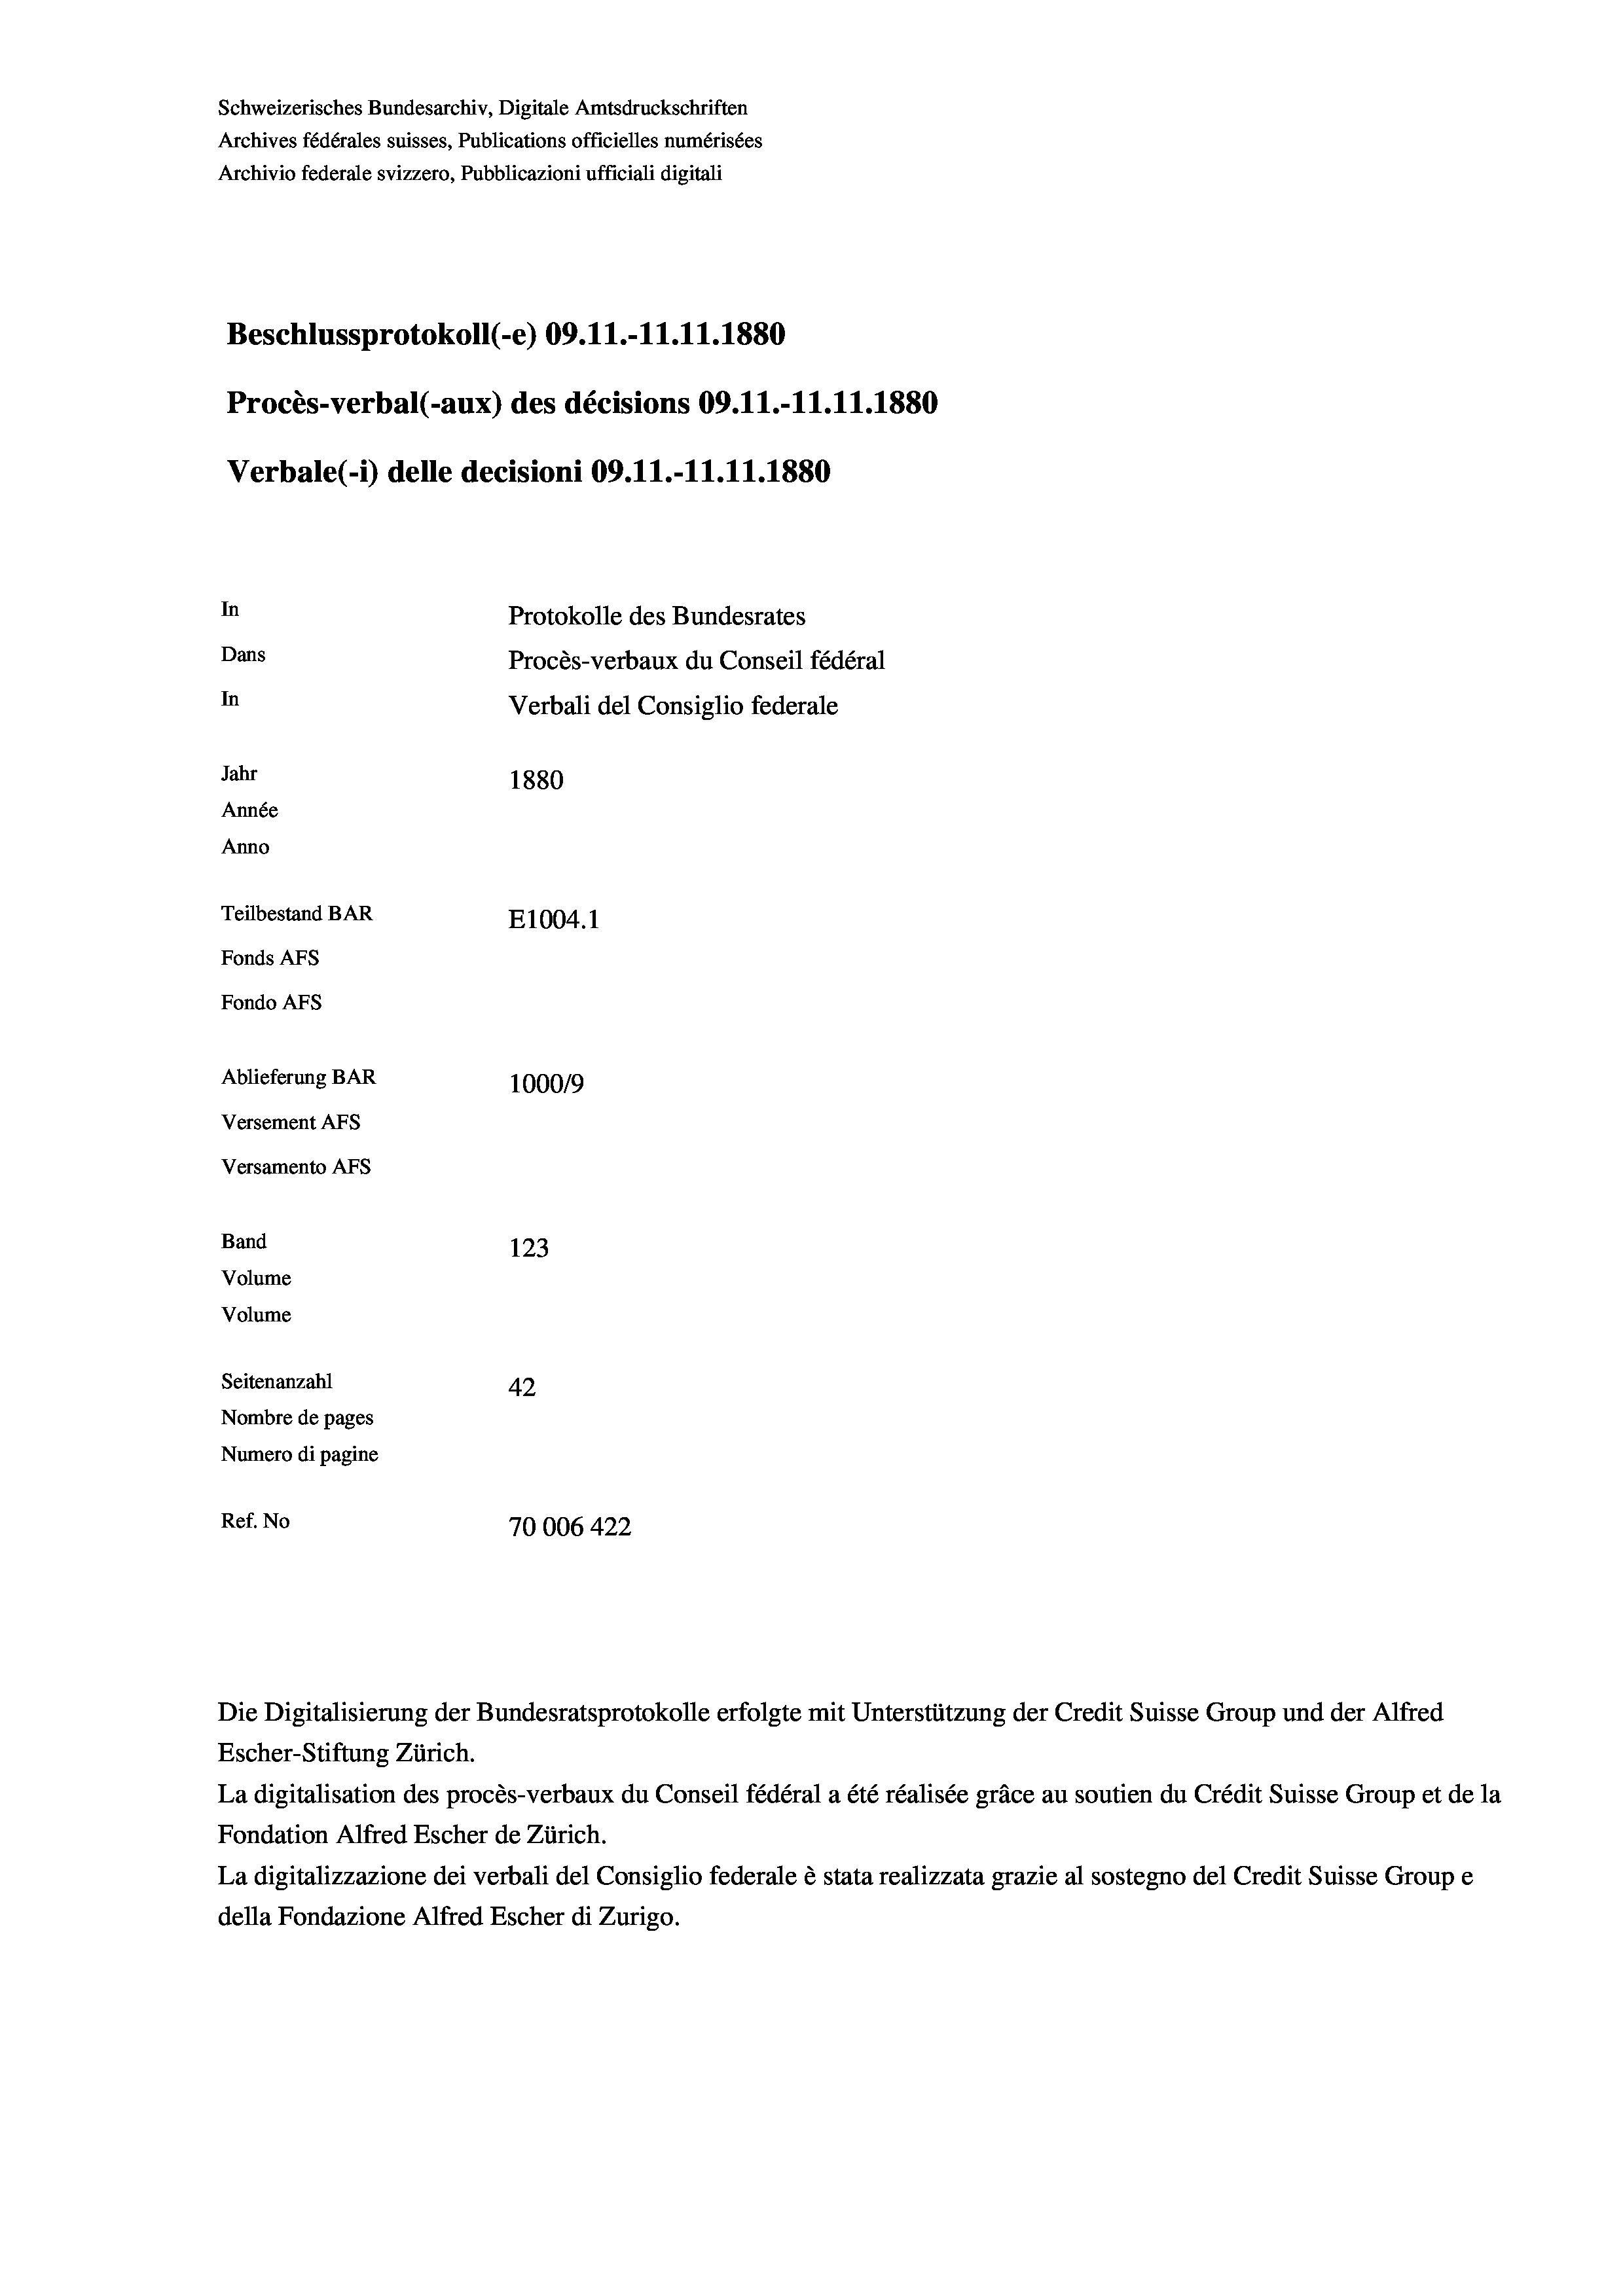
Schweizerisches Bundesarchiv, Digitale Amtsdruckschriften
Archives fédérales suisses, Publications officielles numérisées
Archivio federale svizzero, Pubblicazioni ufficiali digitali
Beschlussprotokoll (-e) 09.11.-11.11.1880
Procès-verbal (-aux) des décisions 09.11.-11.11.1880
Verbale(-*) delle decisioni 09.11.-11.11.1880
In
Protokolle des Bundesrates
Dans
Procès-verbaux du Conseil fédéral
In
Verbali del Consiglio federale
Jahr
1880
Année
Anno
Teilbestand BAR
E1004.1
Fonds AFs
Fondo AFs
Ablieferung BAR
100019
Versement AFs
Versamento Afs
Band
123
Volume
Volume
Seitenanzahl
42
Nombre de pages
Numero di pagine
Ref. No
70006 422

Die Digitalisierung der Bundesratsprotokolle erfolgte mit Unterstützung der Credit Suisse Group und der Alfred
Escher-Stiftung Zürich.
La digitalisation des procès-verbaux du Conseil fédéral a été réalisée gräce au soutien du Crédit Suisse Group et de la
Fondation Alfred Escher de Zürich.
La digitalizzazione dei verbali del Consiglio federale è stata realizzata grazie al sostegno del Credit Suisse Groupe
della Fondazione Alfred Escher di Zurigo.